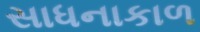
સાધનાકાળ